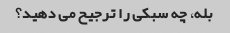
بله، چه سبکی را ترجیح می دهید؟